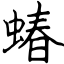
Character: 蝽